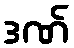
ဒဏ်